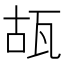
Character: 瓳